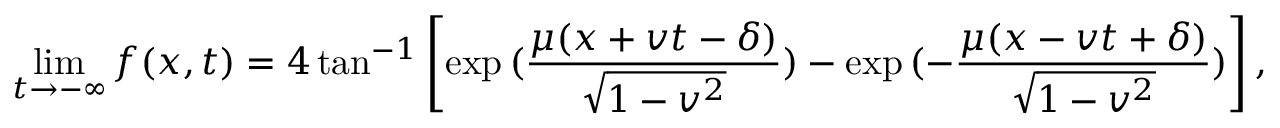
\operatorname * { l i m } _ { t \rightarrow - \infty } f ( x , t ) = 4 \tan ^ { - 1 } \left[ \exp { ( \frac { \mu ( x + v t - \delta ) } { \sqrt { 1 - v ^ { 2 } } } ) } - \exp { ( - \frac { \mu ( x - v t + \delta ) } { \sqrt { 1 - v ^ { 2 } } } ) } \right] ,